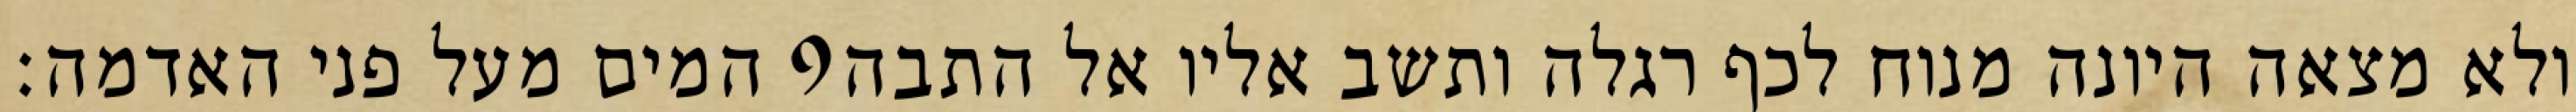
המים מעל פני האדמה׃ ‎9‏ ולא מצאה היונה מנוח לכף רגלה ותשב אליו אל התבה